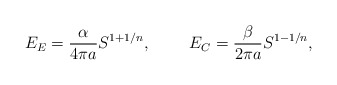
\begin{align*}E_E={\alpha\over{4\pi a}}S^{1+1/n},\ \ \ \ \ \ \ E_C={\beta\over{2\pi a}}S^{1-1/n},\end{align*}